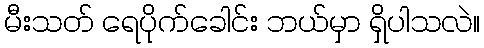
မီးသတ် ရေပိုက်ခေါင်း ဘယ်မှာ ရှိပါသလဲ။